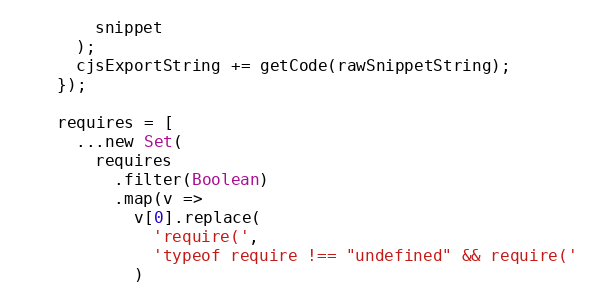
Language: JavaScript
        snippet
      );
      cjsExportString += getCode(rawSnippetString);
    });

    requires = [
      ...new Set(
        requires
          .filter(Boolean)
          .map(v =>
            v[0].replace(
              'require(',
              'typeof require !== "undefined" && require('
            )